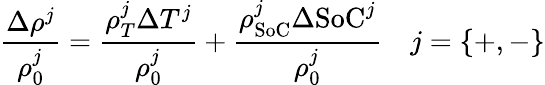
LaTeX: \frac{\Delta\rho^{j}}{\rho_{0}^{j}}=\frac{\rho_{T}^{j}\Delta T^{j}}{\rho_{0}^{j}}+\frac{\rho_{\textrm{SoC}}^{j}\Delta\textrm{SoC}^{j}}{\rho_{0}^{j}}\quad j=\{ +,-\}